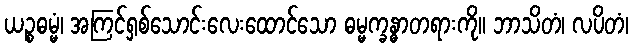
ယဉ္စဓမ္မံ၊ အကြင်ရှစ်သောင်းလေးထောင်သော ဓမ္မက္ခန္ဓာတရားကို။ ဘာသိတံ၊ လပိတံ၊